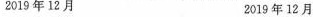
2019年12月 2019年12月